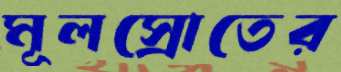
মূলস্রোতের